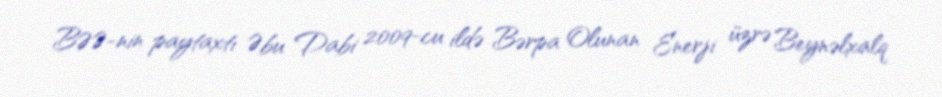
BƏƏ-nin paytaxtı Əbu Dabi 2009-cu ildə Bərpa Olunan Enerji üzrə Beynəlxalq